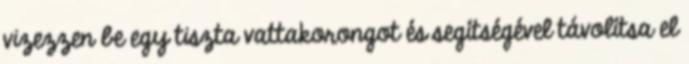
vizezzen be egy tiszta vattakorongot és segítségével távolítsa el